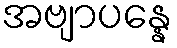
အဗျာပန္နေ